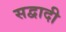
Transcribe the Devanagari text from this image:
सद्वादी